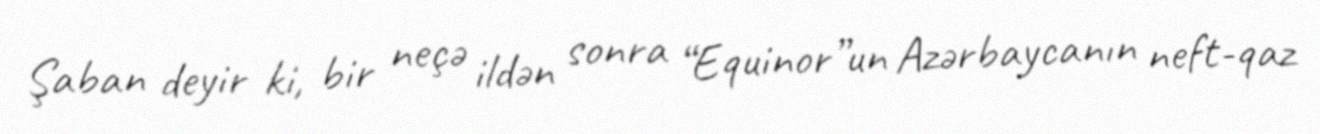
Şaban deyir ki, bir neçə ildən sonra “Equinor”un Azərbaycanın neft-qaz